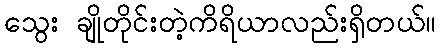
သွေး ချိုတိုင်းတဲ့ကိရိယာလည်းရှိတယ်။